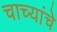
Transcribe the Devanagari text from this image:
चाच्यांचे